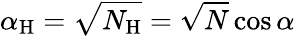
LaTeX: \alpha_{\mathrm{H}}=\sqrt{N_{\mathrm{H}}}=\sqrt{N}\cos\alpha